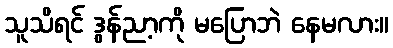
သူသိရင် ဒွန်ညာ့ကို မပြောဘဲ နေမလား။